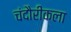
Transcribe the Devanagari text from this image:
चंदौरीकला